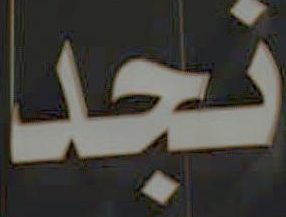
نجد